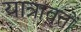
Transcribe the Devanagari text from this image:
यात्रावृत्तों